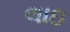
લાઇ